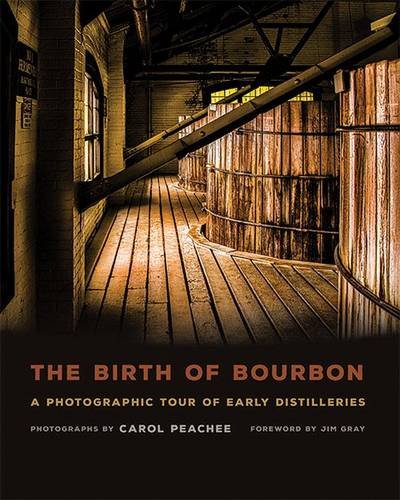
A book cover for The Birth of Bourbon: A Photographic Tour of Early Distilleries; Cookbooks, Food & Wine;